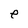
Character: e